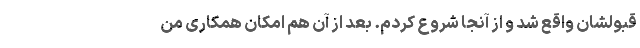
قبولشان واقع شد و از آنجا شروع کردم. بعد از آن هم امکان همکاری من